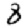
Digit: 8